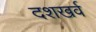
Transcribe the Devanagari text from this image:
दशखर्व